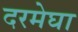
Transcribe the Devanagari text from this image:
दरमेघा